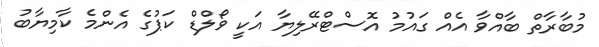
މުބާރާތް ބާއްވާ އެއް ގައުމު އޮސްޓްރޭލިޔާ އަކީ ވޯލްޑް ކަޕުގެ އެންމެ ކާމިޔާބު